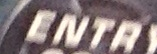
ENTRY